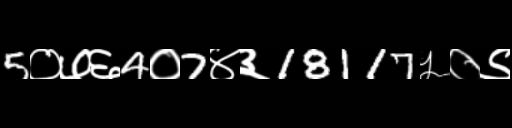
Text: 5०७६4०7४३18117५०९